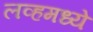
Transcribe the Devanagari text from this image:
लव्हमध्ये